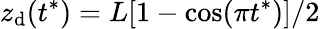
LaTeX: z_{\mathrm{d}}(t^{*})=L[1-\cos(\pi t^{*})]/2